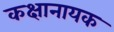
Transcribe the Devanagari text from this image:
कक्षानायक